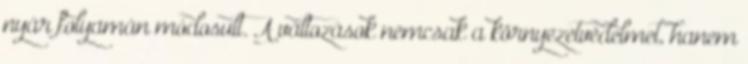
nyár folyamán módosult. A változások nemcsak a környezetvédelmet, hanem